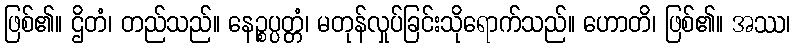
ဖြစ်၏။ ဌိတံ၊ တည်သည်။ နေဉ္စပ္ပတ္တံ၊ မတုန်လှုပ်ခြင်းသိုရောက်သည်။ ဟောတိ၊ ဖြစ်၏။ အဿ၊